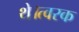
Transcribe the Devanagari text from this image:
थे।त्वरक